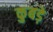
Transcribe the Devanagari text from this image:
कुबड़े